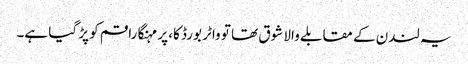
یہ لندن کے مقابلے والا شوق تھا تو واٹر بورڈ کا، پر مہنگا راقم کو پڑ گیا ہے۔